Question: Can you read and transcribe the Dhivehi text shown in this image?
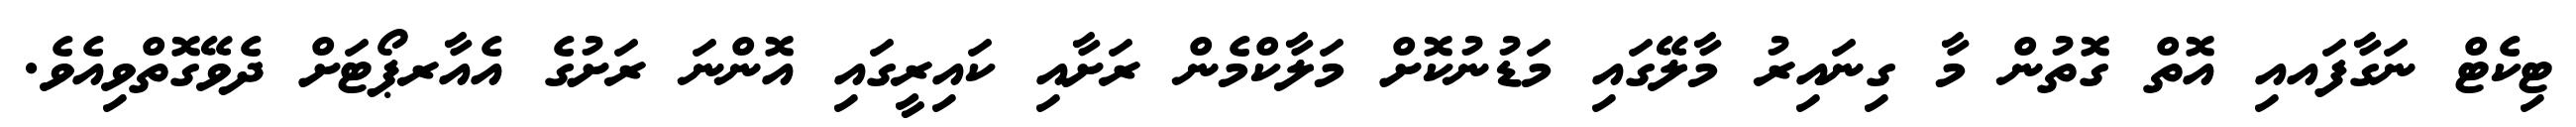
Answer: ޓިކެޓް ނަގާފައއި އޮތް ގޮތުން މާ ގިނައިރު މާލޭގައި މަޑުނުކޮށް މަލާކްމެން ރަށާއި ކައިރީގައި އޮންނަ ރަށުގެ އެއާރޕޯޓަށް ދެވޭގޮތްވިއެވެ.